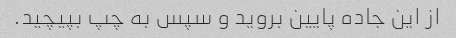
از این جاده پایین بروید و سپس به چپ بپیچید.